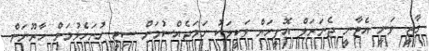
ގާޒީ ވަނީ އެޓާނީ ޖެނަރަލް އޮފީހަށް ވަކީލަކު ހަމަޖެއްސުމަށް ސިޓީ ހުށަހެޅުމަށް ހާރޫނަށް